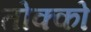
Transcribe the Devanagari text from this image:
तोक्को